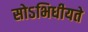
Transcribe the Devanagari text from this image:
सोऽभिधीयते